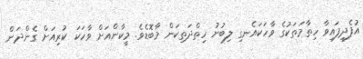
އުފެދިފައިވާ ހިތާމަތަކުގެ ވާހަކައެނގި ލިބުނު ހިތްދަތިކަން މާބޮޑެވެ. މީކާންއަށް ވާހަކަ ކުރިއަށް ގެންދަން